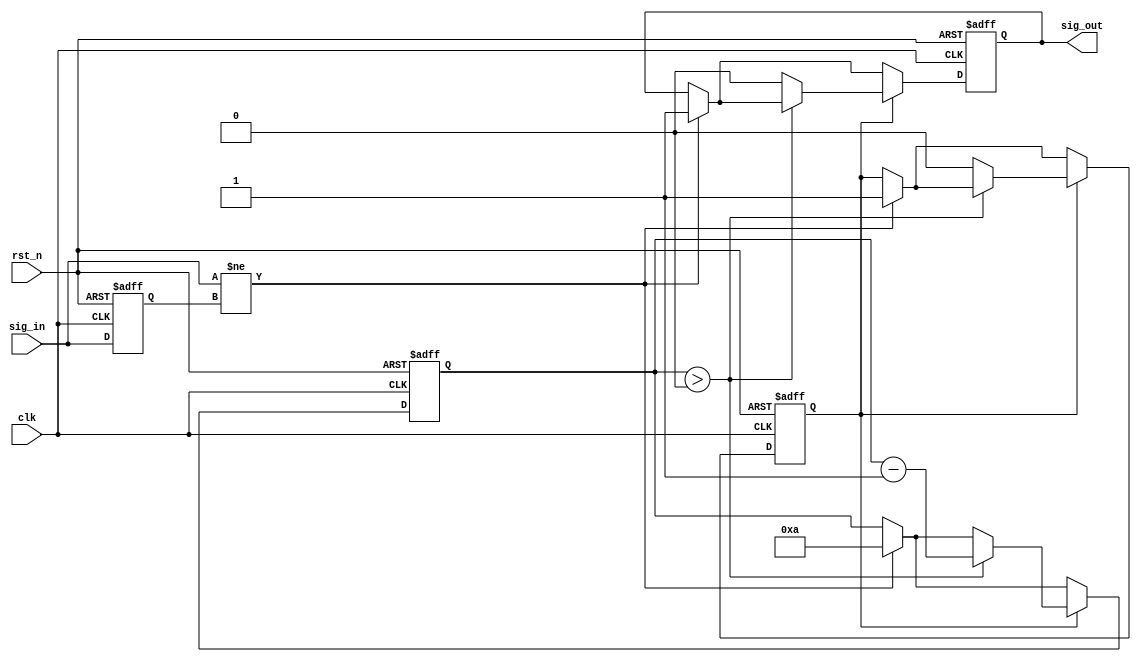
module MonostableEdgeDetector (
    input wire clk,           // Clock input
    input wire rst_n,        // Active low reset
    input wire sig_in,       // Input signal to detect edges
    output reg sig_out       // Output pulse signal
);

    // Parameters
    parameter PULSE_WIDTH = 10; // Pulse width in clock cycles

    // Internal signals
    reg prev_sig_in;           // Memory to hold the previous state of input
    reg [3:0] pulse_counter;   // Counter for pulse width
    reg pulse_active;          // Flag to indicate if pulse is active

    // Edge detection and pulse generation
    always @(posedge clk or negedge rst_n) begin
        if (!rst_n) begin
            prev_sig_in <= 0;   // Reset previous state
            sig_out <= 0;       // Reset output
            pulse_counter <= 0;  // Reset pulse counter
            pulse_active <= 0;   // Reset pulse active flag
        end else begin
            // Edge detection logic
            if (sig_in != prev_sig_in) begin
                // Edge detected
                sig_out <= 1;      // Start pulse
                pulse_counter <= PULSE_WIDTH; // Set pulse duration
                pulse_active <= 1;  // Indicate pulse is active
            end

            // Manage pulse duration
            if (pulse_active) begin
                if (pulse_counter > 0) begin
                    pulse_counter <= pulse_counter - 1; // Decrease counter
                end else begin
                    sig_out <= 0;      // End pulse
                    pulse_active <= 0;  // Clear active flag
                end
            end

            // Update previous state
            prev_sig_in <= sig_in;
        end
    end

endmodule